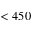
< 4 5 0